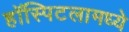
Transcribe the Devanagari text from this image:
हॉस्पिटलामध्ये